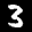
Label: 3